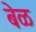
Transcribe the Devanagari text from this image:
बेळ